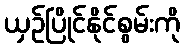
ယှဉ်ပြိုင်နိုင်စွမ်းကို